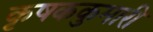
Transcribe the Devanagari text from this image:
कृषककुमारी